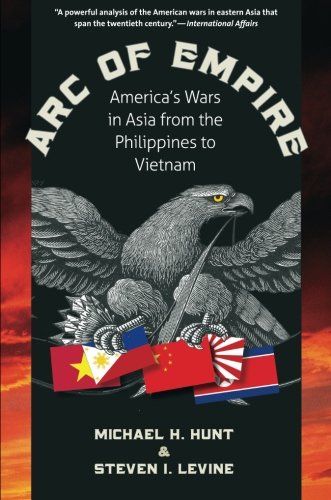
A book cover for Arc of Empire: America's Wars in Asia from the Philippines to Vietnam; Michael H. Hunt; History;